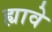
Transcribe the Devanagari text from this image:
ह्यावे